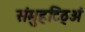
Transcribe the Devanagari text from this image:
संमुहटिठ्‌अं